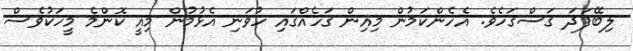
ލިބޭފަދަ ގަސްގަހެވެ. އެހެންކަމުން މިއިން ގަހެއްގައި ހުވަނި އެޅުމުން މިއީ ކޮންމެ މީހަކުވެސް